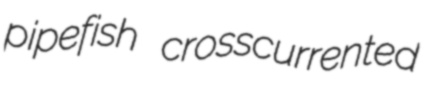
pipefish crosscurrented